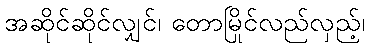
အဆိုင်ဆိုင်လျှင်၊ တောမြိုင်လည်လှည့်၊